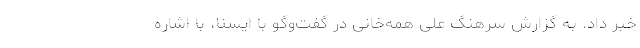
خبر داد. به گزارش سرهنگ علی همه‌خانی در گفت‌وگو با ایسنا، با اشاره